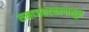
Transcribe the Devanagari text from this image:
समाजघटकापासून